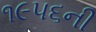
૧૯૫૬ની